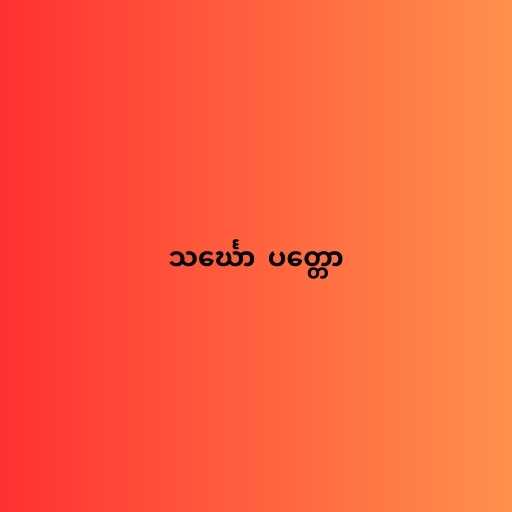
သင်္ဃော  ပတ္တော